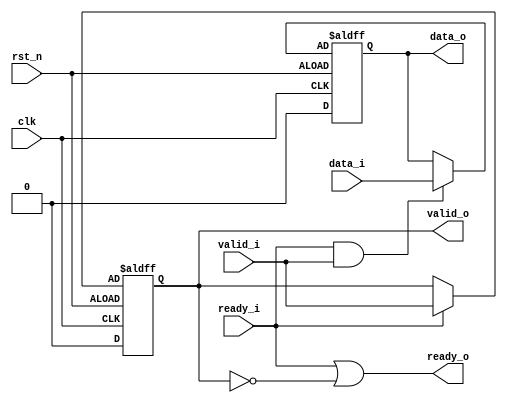
module valid_handshake(//validdata
	input	clk,
	input	rst_n,

	input	valid_i, 
	input	data_i,  	
	input	ready_i,  

	output	ready_o, 
	output	valid_o, 
	output	data_o  
	);

	reg	valid_o_r;
	reg	data_r;

	always @(posedge clk or posedge rst_n) begin
		if (!rst_n) begin
			valid_o_r <= 0;
		end
		else  begin
			valid_o_r <= ready_i ? valid_i : valid_o;
		end
	end

	always @(posedge clk or posedge rst_n) begin
		if (!rst_n) begin
			data_r <= 0;
		end
		else  begin
			data_r <= (ready_i && valid_i) ? data_i : data_o;
		end
	end
assign ready_o = ready_i || !valid_o;
assign valid_o = valid_o_r;
assign data_o = data_r;

endmodule // valid_handshake